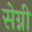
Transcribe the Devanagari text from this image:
सेग्नी